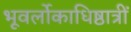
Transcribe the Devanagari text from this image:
भूवर्लोकाधिष्ठात्रीं